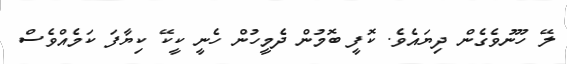
ލޭ ހޫނުވެގެން ދިޔައެވެ. ކޮފީ ބޮމުން ދެމީހުން ހެނީ ކީކޭ ކިޔާފަ ކަމެއްވެސް